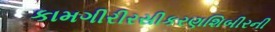
કામગીરીરસીકરણશિબીરની